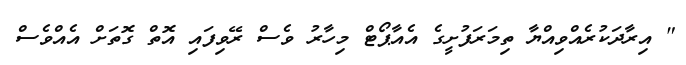
" އިރާދަކުރެއްވިއްޔާ ތިމަރަފުށީގެ އެއާޕޯޓް މިހާރު ވެސް ރޭވިފައި އޮތް ގޮތަށް އެއްވެސް